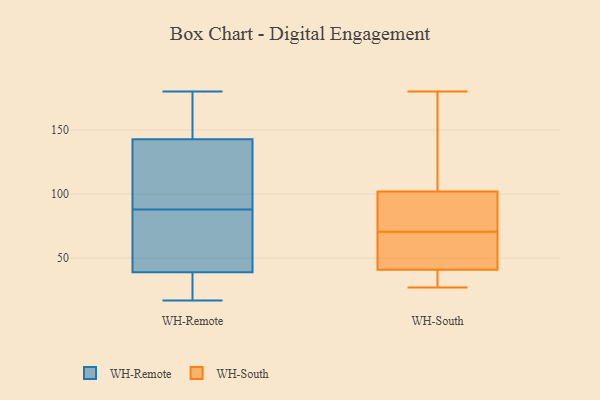
{"axis": {"x": "Satisfaction Score", "y": "Value"}, "legend": ["WH-Remote", "WH-South"], "data": [{"x": "", "y": 179, "type": "WH-Remote"}, {"x": "", "y": 52, "type": "WH-Remote"}, {"x": "", "y": 142, "type": "WH-Remote"}, {"x": "", "y": 36, "type": "WH-Remote"}, {"x": "", "y": 27, "type": "WH-Remote"}, {"x": "", "y": 88, "type": "WH-Remote"}, {"x": "", "y": 122, "type": "WH-Remote"}, {"x": "", "y": 17, "type": "WH-Remote"}, {"x": "", "y": 86, "type": "WH-Remote"}, {"x": "", "y": 122, "type": "WH-Remote"}, {"x": "", "y": 145, "type": "WH-Remote"}, {"x": "", "y": 40, "type": "WH-Remote"}, {"x": "", "y": 180, "type": "WH-Remote"}, {"x": "", "y": 102, "type": "WH-South"}, {"x": "", "y": 90, "type": "WH-South"}, {"x": "", "y": 63, "type": "WH-South"}, {"x": "", "y": 41, "type": "WH-South"}, {"x": "", "y": 103, "type": "WH-South"}, {"x": "", "y": 78, "type": "WH-South"}, {"x": "", "y": 180, "type": "WH-South"}, {"x": "", "y": 60, "type": "WH-South"}, {"x": "", "y": 27, "type": "WH-South"}, {"x": "", "y": 38, "type": "WH-South"}]}